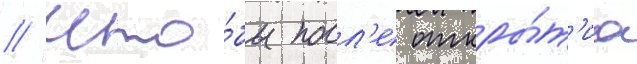
/ что́бы посл'е откры́т'иа